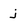
Character: j